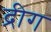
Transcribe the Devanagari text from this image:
द्रीग